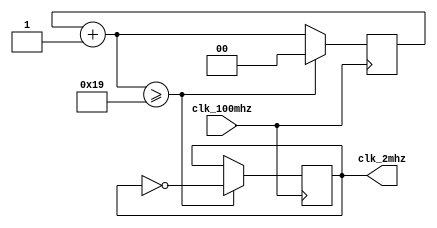

`ifndef _clk_2mhz
`define _clk_2mhz

module clk_2mhz(
    clk_100mhz,
    clk_2mhz
);
    input wire clk_100mhz;
    output reg clk_2mhz;

    reg [1:0]counter;

    initial begin
        counter = 0;
        clk_2mhz = 0;
    end

    always @(posedge clk_100mhz) begin
        counter = counter + 1;
        if (counter >= 25) begin
            clk_2mhz = ~clk_2mhz;
            counter = 0;
        end
    end

endmodule // clk_2mhz

`endif